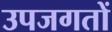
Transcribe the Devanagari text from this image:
उपजगतों